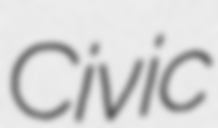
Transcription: Civic